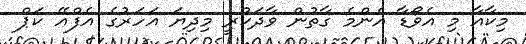
މިކާއާ މި އެވޯޑާ އެންމެ ގާތުން ވާދަކުރީ މިދިޔަ އަހަރުގެ އެފްއޭ ކަޕް